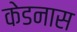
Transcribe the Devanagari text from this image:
केडनास